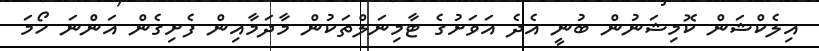
އިލެކްޝަން ކޮމިޝަނުން ބުނީ އެދެ އަވަށުގެ ޓާމިނަލްތަކުން މާދަމާއިން ފެށިގެން އަންނަ ހޯމަ